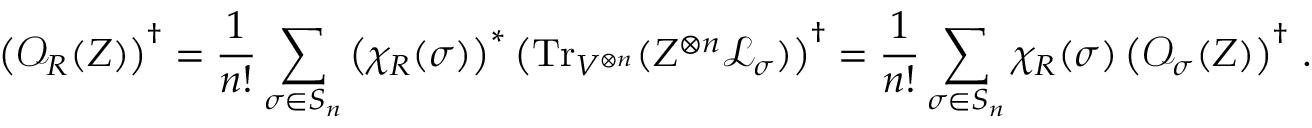
\left( \mathcal { O } _ { R } ( Z ) \right) ^ { \dagger } = \frac { 1 } { n ! } \sum _ { \sigma \in S _ { n } } \left( \chi _ { R } ( \sigma ) \right) ^ { * } \left( \mathrm { T r } _ { V ^ { \otimes n } } ( Z ^ { \otimes n } \mathcal { L } _ { \sigma } ) \right) ^ { \dagger } = \frac { 1 } { n ! } \sum _ { \sigma \in S _ { n } } \chi _ { R } ( \sigma ) \left( \mathcal { O } _ { \sigma } ( Z ) \right) ^ { \dagger } \, .